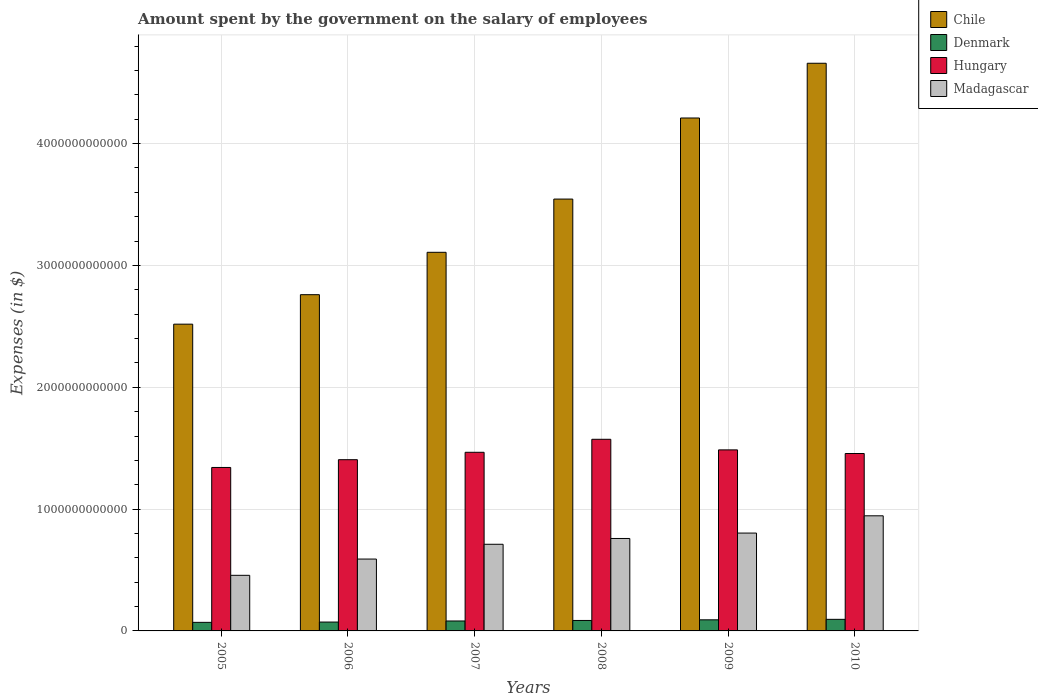
| Years | Chile | Denmark | Hungary | Madagascar |
 | --- | --- | --- | --- | --- |
 | 2005 | 2.52e+12 | 7.03e+10 | 1.34e+12 | 4.56e+11 |
 | 2006 | 2.76e+12 | 7.28e+10 | 1.41e+12 | 5.9e+11 |
 | 2007 | 3.11e+12 | 8.16e+10 | 1.47e+12 | 7.11e+11 |
 | 2008 | 3.54e+12 | 8.58e+10 | 1.57e+12 | 7.59e+11 |
 | 2009 | 4.21e+12 | 9.11e+10 | 1.49e+12 | 8.03e+11 |
 | 2010 | 4.66e+12 | 9.51e+10 | 1.46e+12 | 9.45e+11 |